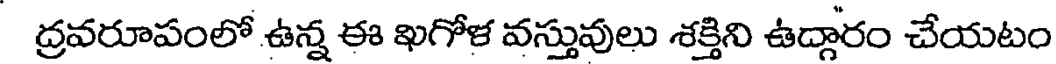
ద్రవరూపంలో ఉన్న ఈ ఖగోళ వస్తువులు శక్తిని ఉద్గారం చేయటం